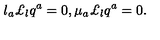
l _ { a } \pounds _ { l } q ^ { a } = 0 , \mu _ { a } \pounds _ { l } q ^ { a } = 0 .